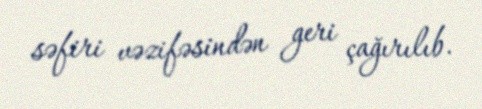
səfiri vəzifəsindən geri çağırılıb.